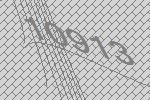
10913